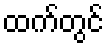
ထက်တွင်